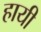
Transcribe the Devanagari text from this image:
हायी